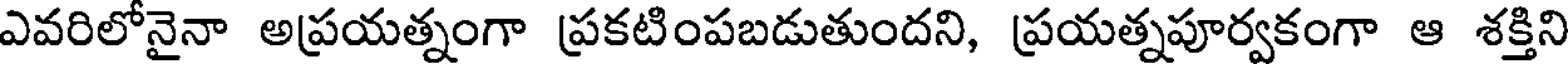
ఎవరిలోనైనా అప్రయత్నంగా ప్రకటింపబడుతుందని, ప్రయత్నపూర్వకంగా ఆ శక్తిని